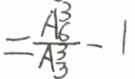
= \frac { A ^ { 3 } _ { 6 } } { A ^ { 3 } _ { 3 } } - 1